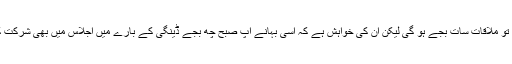
ویسے تو ملاقات سات بجے ہو گی لیکن ان کی خواہش ہے کہ اسی بہانے آپ صبح چھ بجے ڈینگی کے بارے میں اجلاس میں بھی شرکت کر لیں۔